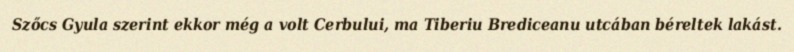
Szőcs Gyula szerint ekkor még a volt Cerbului, ma Tiberiu Brediceanu utcában béreltek lakást.